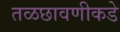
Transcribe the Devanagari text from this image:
तळछावणीकडे